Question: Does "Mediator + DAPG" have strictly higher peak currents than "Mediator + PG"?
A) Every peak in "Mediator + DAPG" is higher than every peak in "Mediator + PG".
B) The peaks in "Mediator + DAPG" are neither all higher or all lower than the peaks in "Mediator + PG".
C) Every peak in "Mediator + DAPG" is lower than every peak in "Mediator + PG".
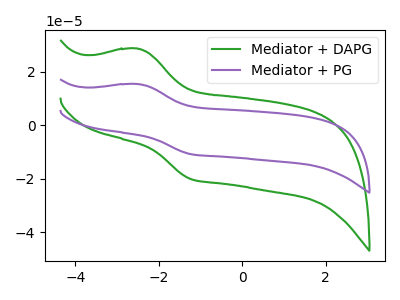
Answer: <think>The green curve "Mediator + DAPG" has an anodic peak at (-2.50V, 28.65uA) and a cathodic peak at (-1.25V, -20.10uA). The purple curve "Mediator + PG" has an anodic peak at (-2.50V, 15.40uA) and a cathodic peak at (-1.25V, -10.80uA).</think>
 <answer>A) Every peak in "Mediator + DAPG" is higher than every peak in "Mediator + PG".</answer>
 <eval>A</eval>